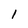
Character: 1